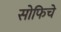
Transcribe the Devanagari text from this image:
सोफिचे